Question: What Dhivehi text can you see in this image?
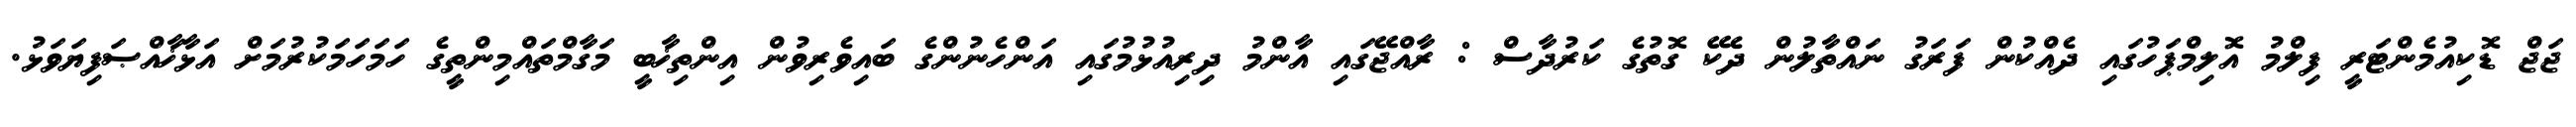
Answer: ޖަޖް ޑޮކިއުމެންޓަރީ ފިލްމު އޮލިމްޕަހުގައި ދެއްކުން ފަރަގު ނައްތާލުން ދެކޭ ގޮތުގެ ކަރުދާސް : ރާއްޖޭގައި އާންމު ދިރިއުޅުމުގައި އަންހެނުންގެ ބައިވެރިވުން އިންތިޚާބީ މަގާމްތައްމިންތީގެ ހަމަހަމަކުރުމަށް އަޅާޚާއްޞަފިޔަވަޅު.